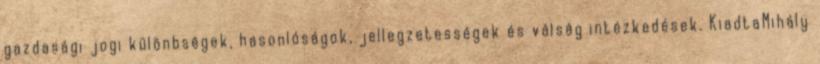
gazdasági jogi különbségek, hasonlóságok, jellegzetességek és válság intézkedések. KiadtaMihály